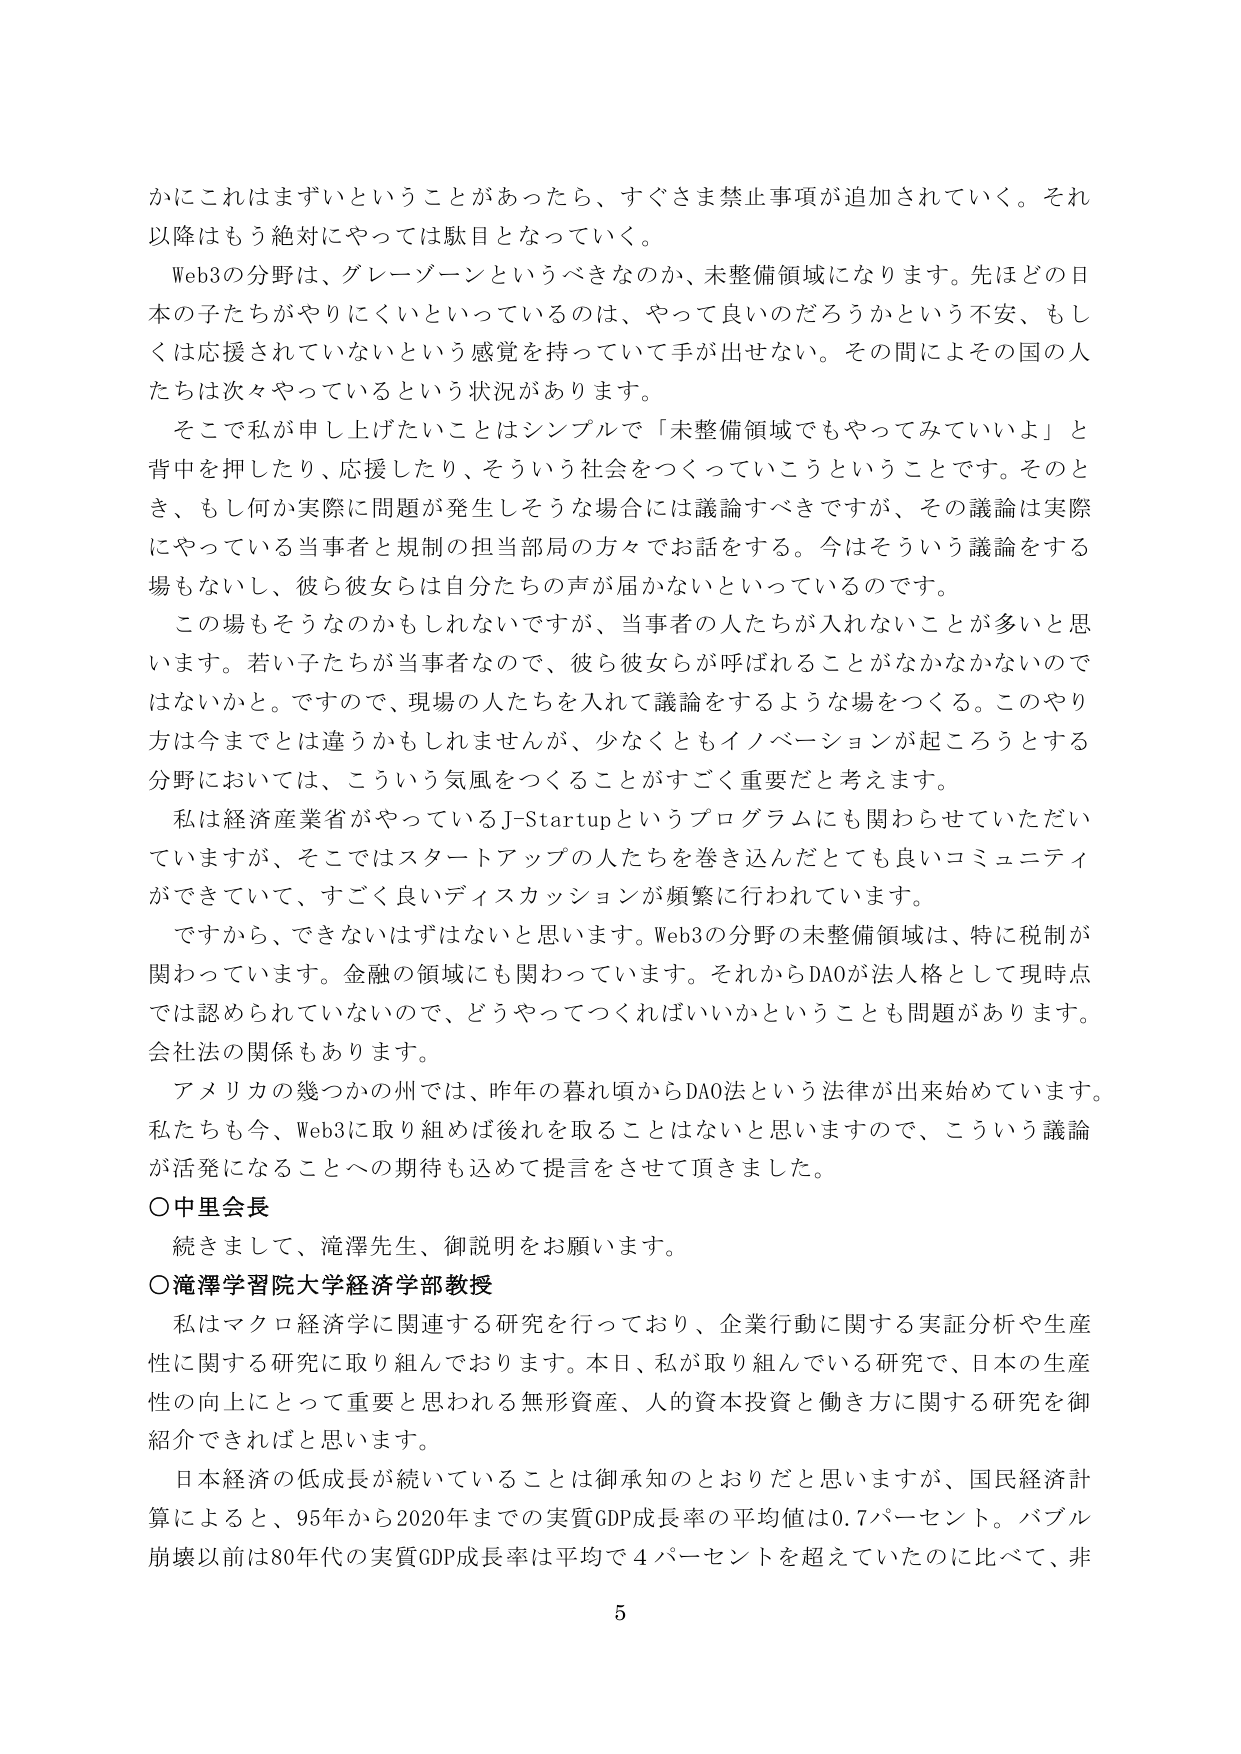
かにこれはまずいということがあったら、すぐさま禁止事項が追加されていく。それ以降はもう絶対にやっては駄目となっていく。

Web3の分野は、グレーゾーンというべきなのか、未整備領域になります。先ほどの日本の子たちがやりにくいといっているのは、やって良いのだろうかという不安、もしくは応援されていないという感覚を持っていて手が出せない。その間によその国の人たちは次々やっているという状況があります。

そこで私が申し上げたいことはシンプルで「未整備領域でもやってみていいよ」と背中を押したり、応援したり、そういう社会をつくっていこうということです。そのとき、もし何か実際に問題が発生しそうな場合には議論すべきですが、その議論は実際にやっている当事者と規制の担当部局の方々でお話をすると。今はそういう議論をする場もないし、彼ら彼女らは自分たちの声が届かないといっているのです。

この場もそうなのかもしれませんが、当事者の人たちが入れないことが多いと思います。若い子たちが当事者なので、彼ら彼女らが呼ばれることがなかなかないのではないかと。ですので、現場の人たちを入れて議論をするような場をつくる。このやり方は今までとは違うかもしれませんが、少なくともイノベーションが起ころうとする分野においては、こういう気風をつくることがすごく重要だと考えます。

私は経済産業省がやっているJ-Startupというプログラムにも関わらせていただいていますが、そこではスタートアップの人たちを巻き込んだとても良いコミュニティができていて、すごく良いディスカッションが頻繁に行われています。

ですから、できないはずはないと思います。Web3の分野の未整備領域は、特に税制が関わっています。金融の領域にも関わっています。それからDAOが法人格として現時点では認められていないので、どうやってつくればいいかということも問題があります。会社法の関係もあります。

アメリカの幾つかの州では、昨年の暮れ頃からDAO法という法律が出来始めています。私たちも今、Web3に取り組めば後れを取ることはないと思いますので、こういう議論が活発になることへの期待も込めて提言をさせて頂きました。

○中里会長
続きまして、滝澤先生、御説明をお願いします。

○滝澤学習院大学経済学部教授
私はマクロ経済学に関連する研究を行っており、企業行動に関する実証分析や生産性に関する研究に取り組んでおります。本日、私が取り組んでいる研究で、日本の生産性の向上にとって重要と思われる無形資産、人的資本投資と働き方に関する研究を御紹介できればと思います。

日本経済の低成長が続いていることは御承知のとおりだと思いますが、国民経済計算によると、95年から2020年までの実質GDP成長率の平均値は0.7パーセント。バブル崩壊以前は80年代の実質GDP成長率は平均で4パーセントを超えていたのに比べて、非

5